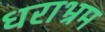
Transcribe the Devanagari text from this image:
धराभ्रम